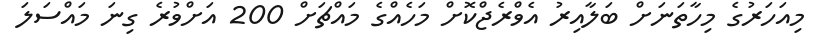
މިއަހަރުގެ މިހާތަނަށް ބަލާއިރު އެވްރެޖްކޮށް މަހެއްގެ މައްޗަށް 200 އަށްވުރެ ގިނަ މައްސަލަ